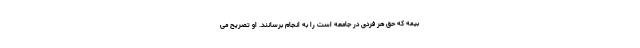
بیمه‌ که حق هر فردی در جامعه است را به انجام برسانند. او تصریح می